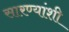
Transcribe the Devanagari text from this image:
सारण्यांशी